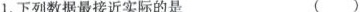
1.下列数据最接近实际的是 ( )